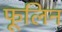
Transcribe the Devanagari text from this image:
फूलिन